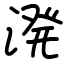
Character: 溌